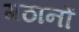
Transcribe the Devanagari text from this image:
गठानों